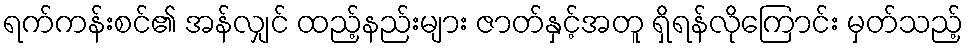
ရက်ကန်းစင်၏ အန်လျှင် ထည့်နည်းများ ဇာတ်နှင့်အတူ ရှိရန်လိုကြောင်း မှတ်သည့်